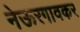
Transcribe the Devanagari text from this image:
नेऊरगावकर